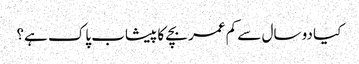
کیا دو سال سے کم عمر بچے کا پیشاب پاک ہے؟